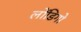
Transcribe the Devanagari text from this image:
लोंडिगो